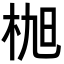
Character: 𣑢